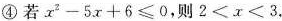
④若$$x^{2}-5x+6 \leqslant 0$$，则$$2<x<3$$.